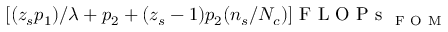
[ ( z _ { s } p _ { 1 } ) / { \lambda } + p _ { 2 } + ( z _ { s } - 1 ) p _ { 2 } ( n _ { s } / N _ { c } ) ] \mathrm { ~ F ~ L ~ O ~ P ~ s ~ } _ { \mathrm { ~ F ~ O ~ M ~ } }